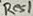
Text: Res1